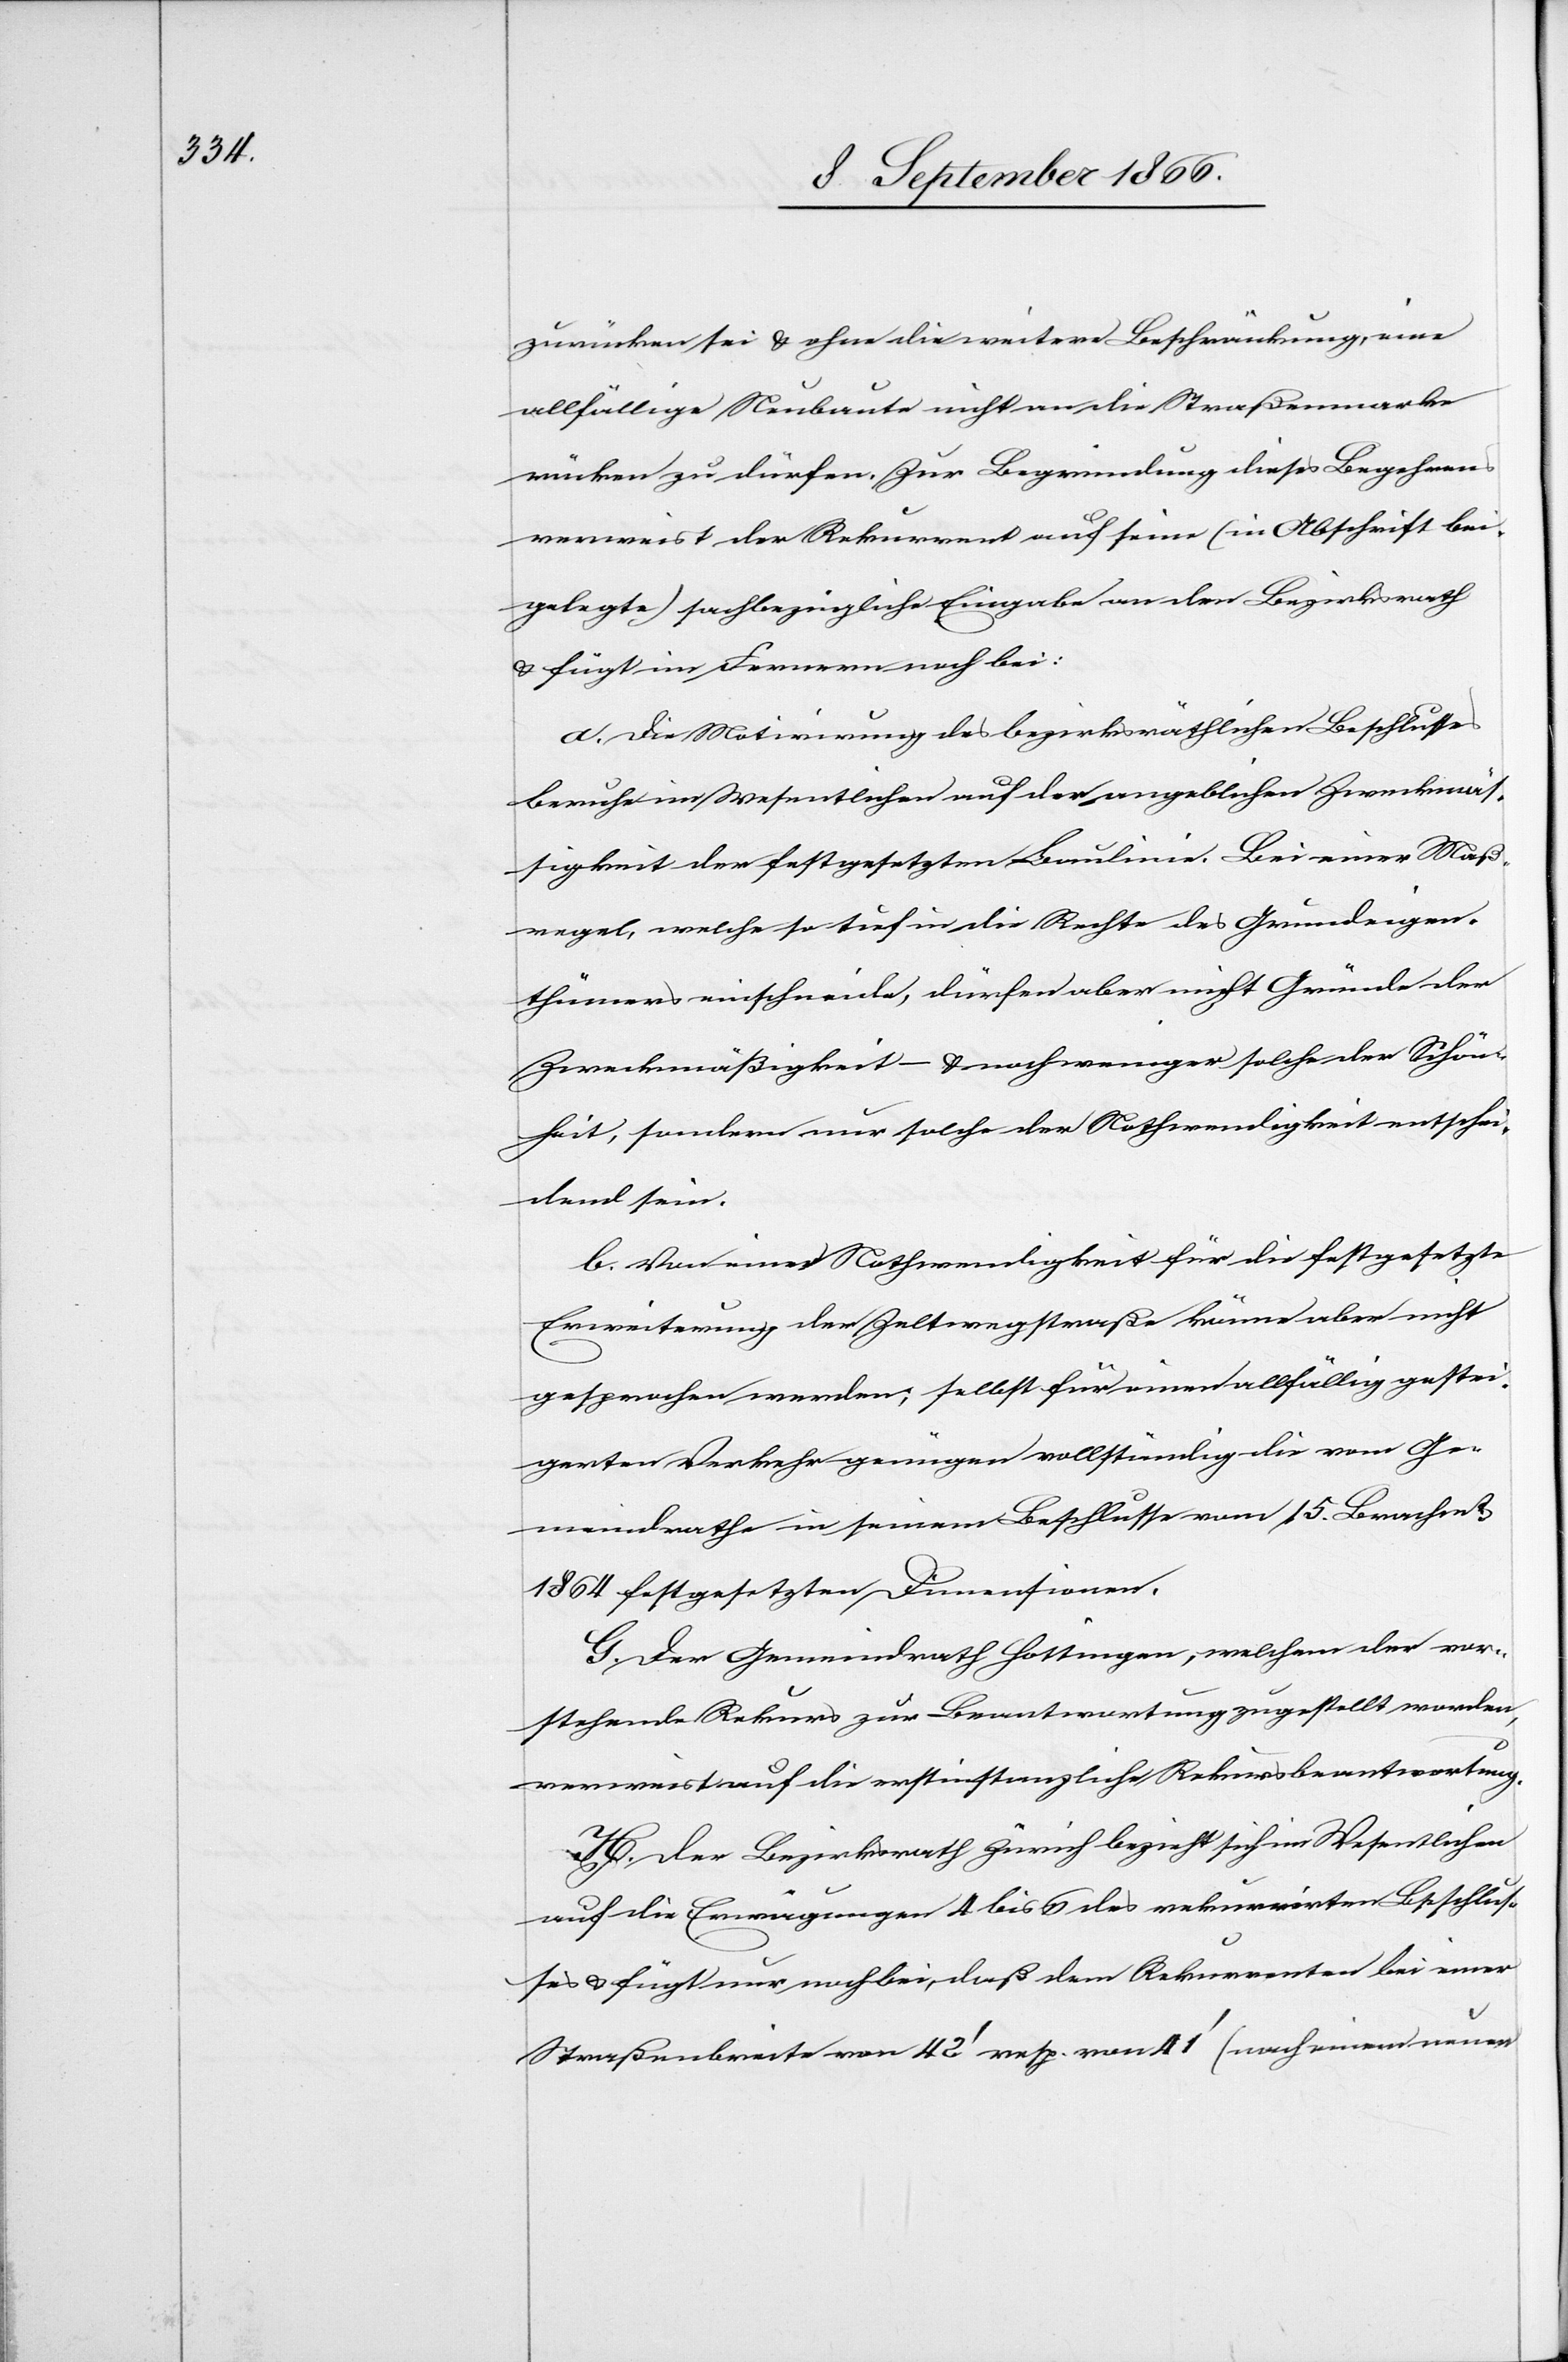
zurücken sei u. ohne die weitere Beschränkung, eine
allfällige Neubaute nicht an die Straßenmarke
rücken zu dürfen. Zur Begründung dieses Begehrens
verweist der Rekurrent auf seine (in Abschrift bei¬
gelegte) sachbezügliche Eingabe an den Bezirksrath
u. fügt im Fernern noch bei:
a. Die Motivirung des bezirksräthlichen Beschlusses
beruhe im Wesentlichen auf der angeblichen Zweckmä¬
ßigkeit der festgesetzten Baulinie. Bei einer Maß¬
regel, welche so tief in die Rechte des Grundeigen¬
thümers einschneide, dürfen aber nicht Gründe der
Zweckmäßigkeit – u. nochweniger solche der Schön¬
heit, sondern nur solche der Nothwendigkeit entschei¬
dend sein.
b. von einer Nothwendigkeit für die festgesetzte
Erweiterung der Zeltwegstraße könne aber nicht
gesprochen werden; selbst für einen allfällig gestei¬
gerten Verkehr genügen vollständig die vom Ge¬
meindrathe in seinem Beschlusse von 15. Brachm[onat]
1864 festgesetzten Dimensionen.
G. Der Gemeindrath Hottingen, welchem der vor¬
stehende Rekurs zur Beantwortung zugestellt worden,
verweist auf die erstinstanzliche Rekursbeantwortung.
H. Der Bezirksrath Zürich bezieht sich im Wesentlichen
auf die Erwägungen 4 bis 6 des rekurrirten Beschlus¬
ses u. fügt nur noch bei, daß dem Rekurrenten bei einer
Straßenbreite von 42‘ resp. von 41‘ (nach einem neuen